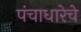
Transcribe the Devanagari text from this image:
पंचाधारेचे